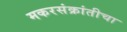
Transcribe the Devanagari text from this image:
मकरसंक्रांतीचा